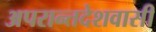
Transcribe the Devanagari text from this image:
अपरान्तदेशवासी